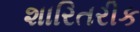
શારિતરીક